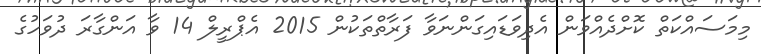
މިމަސައްކަތް ކޮށްދެއްވަން އެދިވަޑައިގަންނަވާ ފަރާތްތަކުން 2015 އެޕްރީލް 14 ވާ އަންގާރަ ދުވަހުގެ